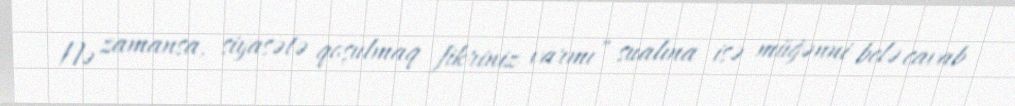
Nə zamansa, siyasətə qoşulmaq fikriniz varmı” sualına isə müğənni belə cavab